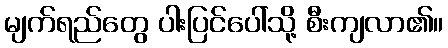
မျက်ရည်တွေ ပါးပြင်ပေါ်သို့ စီးကျလာ၏။